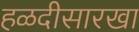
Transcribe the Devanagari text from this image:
हळदीसारखा